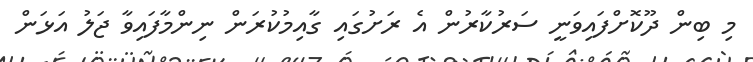
މި ބިން ދޫކޮށްފައިވަނީ ސަރުކާރުން އެ ރަށުގައި ގާއިމުކުރަން ނިންމާފައިވާ ޖަލު އަޅަން